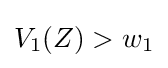
V_{1}(Z)>w_{1}